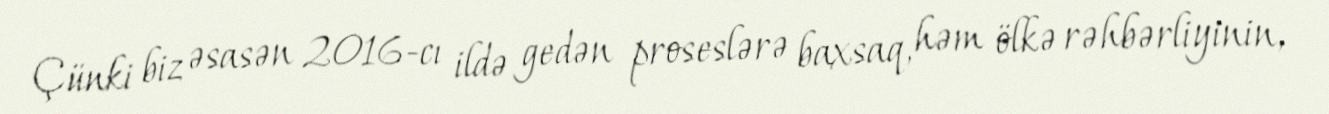
Çünki biz əsasən 2016-cı ildə gedən proseslərə baxsaq, həm ölkə rəhbərliyinin,